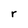
Character: r